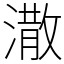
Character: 潵